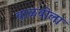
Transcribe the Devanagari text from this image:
वाळवीला